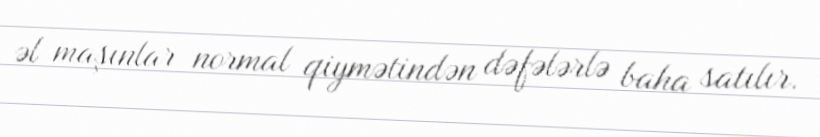
əl maşınlar normal qiymətindən dəfələrlə baha satılır.